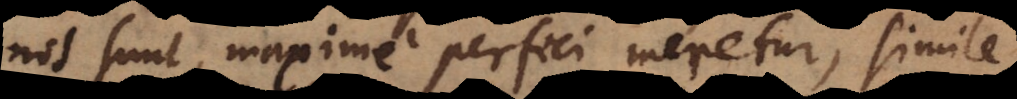
nos sunt, maxime perfici meretur, simile